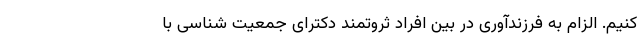
کنیم. الزام به فرزندآوری در بین افراد ثروتمند دکترای جمعیت شناسی با